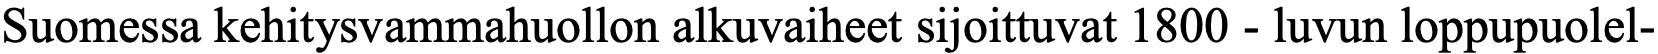
Suomessa kehitysvammahuollon alkuvaiheet sijoittuvat 1800 - luvun loppupuolel-